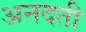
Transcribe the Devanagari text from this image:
अनदती